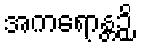
အကရောန္တဉှိ